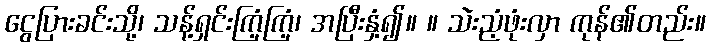
ငွေပြားခင်းသို့၊ သန့်ရှင်းကြံ့ကြံ့၊ အပြီးနှံ့၍။ ။ သဲးညံ့ဖုံးလှာ ကုန်၏တည်း။